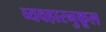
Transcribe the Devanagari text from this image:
व्यवहारनुकूल